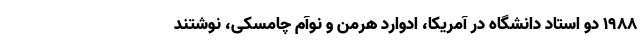
۱۹۸۸ دو استاد دانشگاه در آمریکا، ادوارد هرمن و نوآم چامسکی، نوشتند